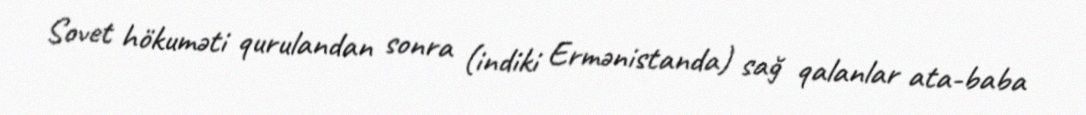
Sovet hökuməti qurulandan sonra (indiki Ermənistanda) sağ qalanlar ata-baba